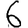
Digit: 6